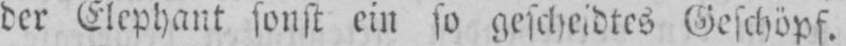
der Elephant sonst ein so gescheidtes Geschöpf.